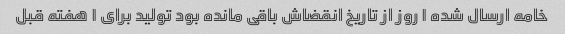
خامه ارسال شده ۱ روز از تاریخ انقضاش باقی مانده بود تولید برای ۱ هفته قبل